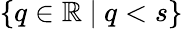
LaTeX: \{ q\in\mathbb{R}\ \lvert\ q<s\}